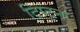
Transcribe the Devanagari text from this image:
टिप्टन